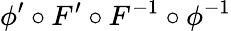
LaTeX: \phi^{\prime}\circ F^{\prime}\circ F^{-1}\circ\phi^{-1}